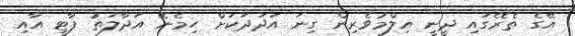
އޭގެ ތެރޭގައި ދީނީ އިލްމުވެރިން ގިނަ އަދަދަކަށް ހިމެނޭ އަދާލަތު ޕާޓީ އާއި